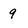
Character: 9